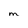
Character: M